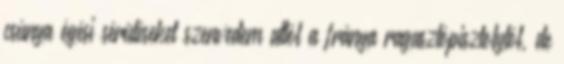
csúnya égési sérüléseket szenvedem attól a fránya ragasztópisztolytól, de